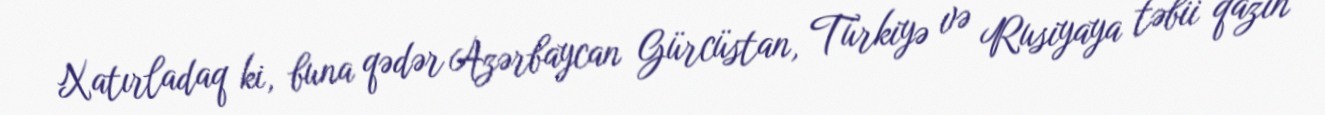
Xatırladaq ki, buna qədər Azərbaycan Gürcüstan, Türkiyə və Rusiyaya təbii qazın